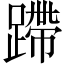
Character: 蹛